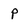
Character: P